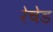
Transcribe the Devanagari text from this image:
रेचेड